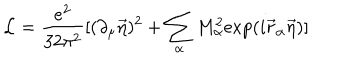
LaTeX: { \cal L } = \frac { e ^ { 2 } } { 3 2 \pi ^ { 2 } } [ ( \partial _ { \mu } \vec { \eta } ) ^ { 2 } + \sum _ { \alpha } M _ { \alpha } ^ { 2 } \mathrm { e x p } ( i \vec { r } _ { \alpha } \vec { \eta } ) ]